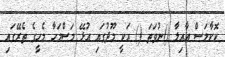
ކޮކާމަސް އާއިލާ ()ނުވަތަ () އަކީ މޫދުގައި އުޅޭ މަސްމަހާ މެހީގެ ތެރޭގައި